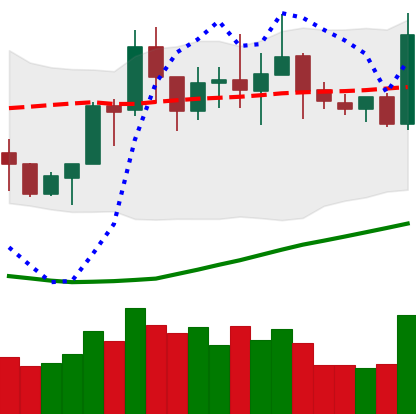
Ticker: NEO-USD
Chart end date: 2020-07-21
Forward return: 3.92%
Label: up_3_5